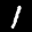
Label: 1